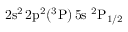
\mathrm { 2 s ^ { 2 } \, 2 p ^ { 2 } ( ^ { 3 } P ) \, 5 s ~ ^ { 2 } P _ { 1 / 2 } }